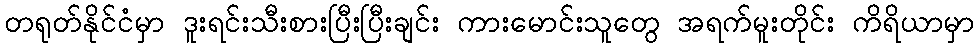
တရုတ်နိုင်ငံမှာ ဒူးရင်းသီးစားပြီးပြီးချင်း ကားမောင်းသူတွေ အရက်မူးတိုင်း ကိရိယာမှာ